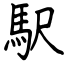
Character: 駅